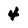
Character: 4